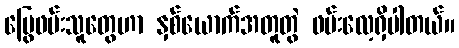
မြွေဖမ်းသူတွေဟာ နှစ်ယောက်အတူတွဲ ဖမ်းလေ့ရှိပါတယ်။